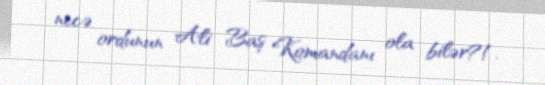
necə ordunun Ali Baş Komandanı ola bilər?!.